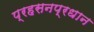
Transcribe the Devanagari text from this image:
प्रहसनप्रधान